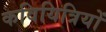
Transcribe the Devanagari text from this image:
कवियित्रियों